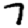
Digit: 7